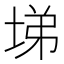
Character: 𡌡